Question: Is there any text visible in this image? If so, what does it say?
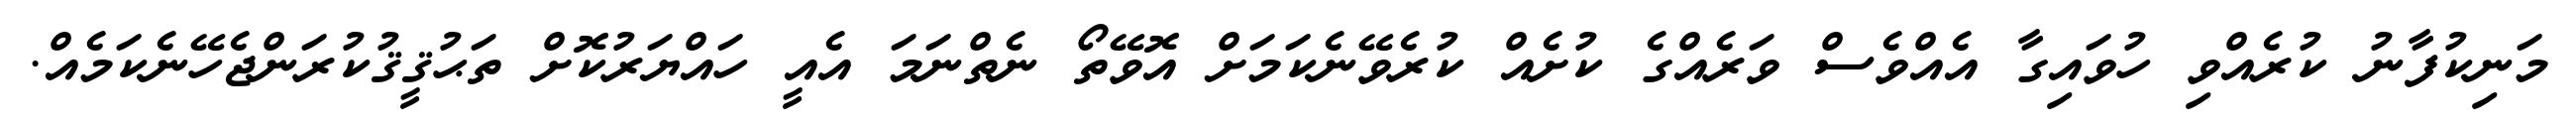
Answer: މަނިކުފާނު ކުރެއްވި ހުވައިގާ އެއްވެސް ވަރެއްގެ ކުށެއް ކުރެވޭނެކަމަށް އޮވޭތޯ ނެތްނަމަ އެއީ ހައްޔަރުކޮށް ތަޙުޤީޤުކުރަންޖެހޭނެކަމެއް.